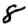
Digit: 8